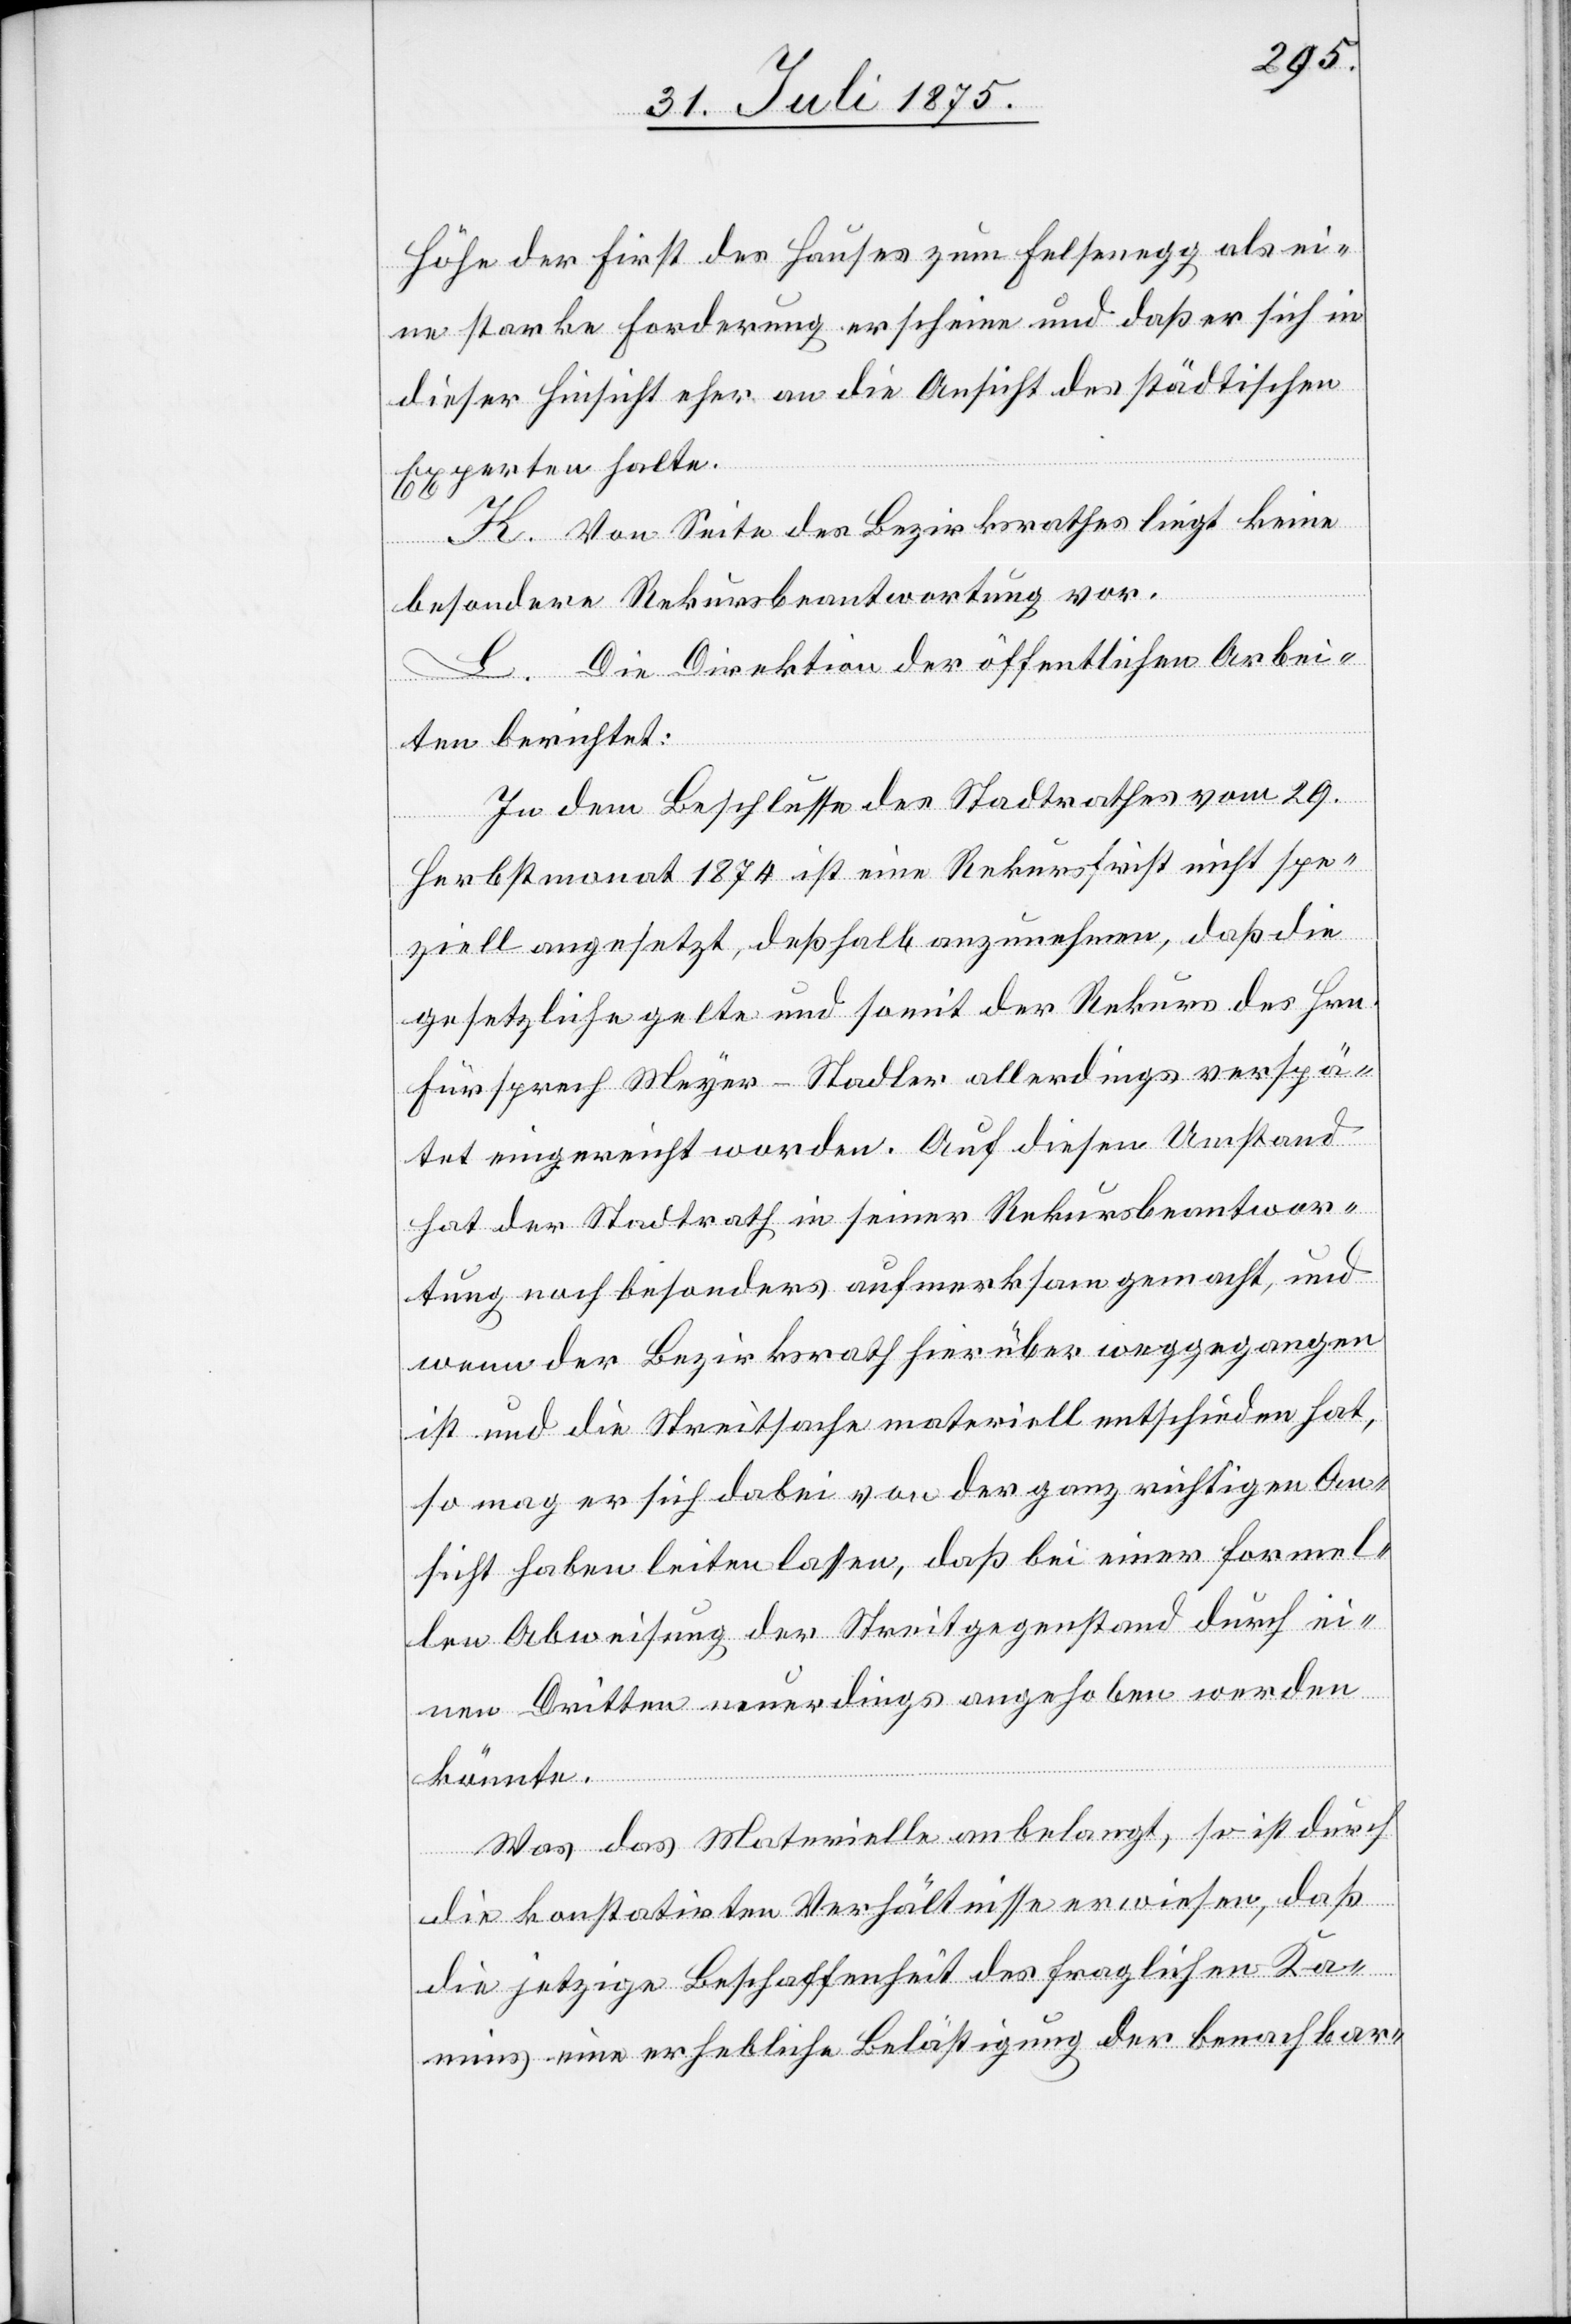
Höhe der First des Hauses zum Felsenegg als ei¬
ne starke Forderung erscheine und daß er sich in
dieser Hinsicht eher an die Ansicht des städtischen
Experten halte.
K. Von Seite des Bezirksrathes liegt keine
besondere Rekursbeantwortung vor.
L. Die Direktion der öffentlichen Arbei¬
ten berichtet:
In dem Beschlusse des Stadtrathes vom 29.
Herbstmonat 1874 ist eine Rekursfrist nicht spe¬
ziell angesetzt, deßhalb anzunehmen, daß die
gesetzliche gelte und somit der Rekurs des Hrn.
Fürsprech Meyer-Stadler allerdings verspä¬
tet eingereicht worden. Auf diesen Umstand
hat der Stadtrath in seiner Rekursbeantwor¬
tung noch besonders aufmerksam gemacht, und
wenn der Bezirksrath hierüber weggegangen
ist und die Streitsache materiell entschieden hat,
so mag er sich dabei von der ganz richtigen An¬
sicht haben leiten lassen, daß bei einer formel¬
len Abweisung der Streitgegenstand durch ei¬
nen Dritten neuerdings angehoben werden
könnte.
Was das Materielle anbelangt, so ist durch
die konstatirten Verhältnisse erwiesen, daß
die jetzige Beschaffenheit des fraglichen Ka¬
mins eine erhebliche Belästigung der benachbar-